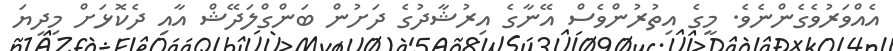
އެއްވަރުވެގެންނެވެ. މީގެ އިތުރުންވެސް އޭނާގެ އިރުޝާދުގެ ދަށުން ބަންގްލަދޭޝް އާއި ދެކޮޅަށް މިދިޔަ